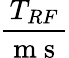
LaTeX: \frac{T_{RF}}{\mathrm{~m~s~}}